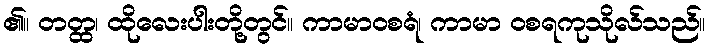
၏။ တတ္ထ၊ ထိုလေးပါးတို့တွင်။ ကာမာဝစရံ၊ ကာမာ ဝစရကုသိုလ်သည်။